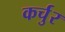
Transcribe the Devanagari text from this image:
कर्चुर